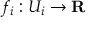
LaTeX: f _ { i } : U _ { i } \to \mathbf { R }